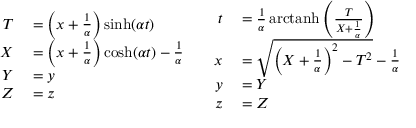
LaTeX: \begin{array} { c c } { { \begin{array} { r l } { T } & { { } = \left( x + { \frac { 1 } { \alpha } } \right) \sinh ( \alpha t ) } \\ { X } & { { } = \left( x + { \frac { 1 } { \alpha } } \right) \cosh ( \alpha t ) - { \frac { 1 } { \alpha } } } \\ { Y } & { { } = y } \\ { Z } & { { } = z } \end{array} } } & { { \begin{array} { r l } { t } & { { } = { \frac { 1 } { \alpha } } \operatorname { a r c t a n h } \left( { \frac { T } { X + { \frac { 1 } { \alpha } } } } \right) } \\ { x } & { { } = { \sqrt { \left( X + { \frac { 1 } { \alpha } } \right) ^ { 2 } - T ^ { 2 } } } - { \frac { 1 } { \alpha } } } \\ { y } & { { } = Y } \\ { z } & { { } = Z } \end{array} } } \end{array}